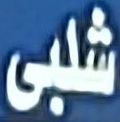
شلبى